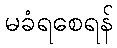
မခံရစေရန်